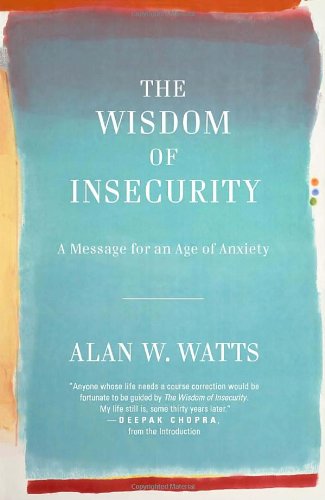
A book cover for The Wisdom of Insecurity: A Message for an Age of Anxiety; Alan W. Watts; Self-Help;